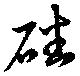
磻